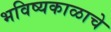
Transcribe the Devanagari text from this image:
भविष्यकाळाचे